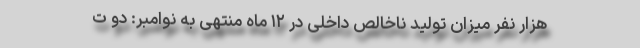
هزار نفر میزان تولید ناخالص داخلی در ۱۲ ماه منتهی به نوامبر: دو ت